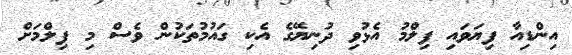
އިންޑިއާ ފިޔަވައި ފިލްމު އެޅުވި ދުނިޔޭގެ އެކި ގައުމުތަކުން ވެސް މި ފިލްމަށް